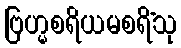
ဗြဟ္မစရိယမစရိံသု